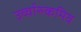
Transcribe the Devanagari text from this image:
उर्व्वारुकमिव